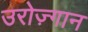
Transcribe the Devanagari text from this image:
उरोज़्गान